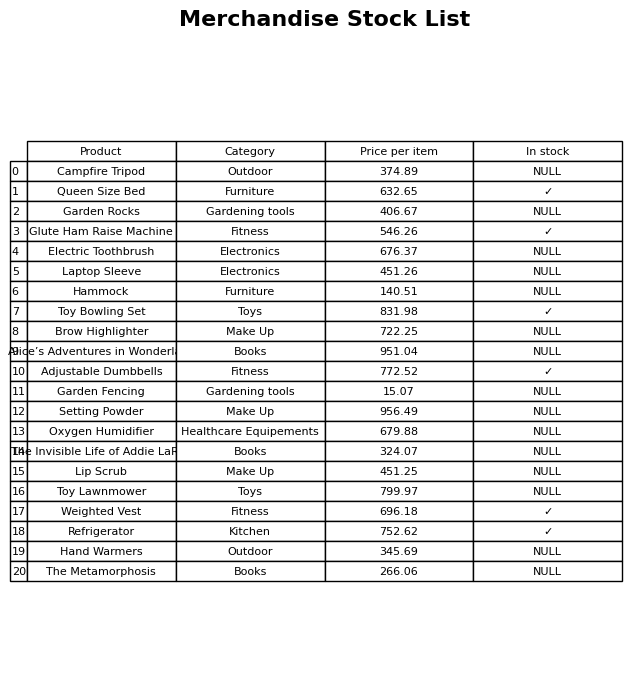
question: What is the price for Queen Size Bed?
answer: The price of Queen Size Bed is 632.65.